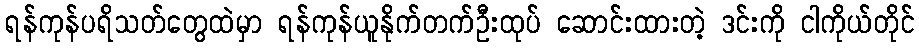
ရန်ကုန်ပရိသတ်တွေထဲမှာ ရန်ကုန်ယူနိုက်တက်ဦးထုပ် ဆောင်းထားတဲ့ ဒင်းကို ငါကိုယ်တိုင်